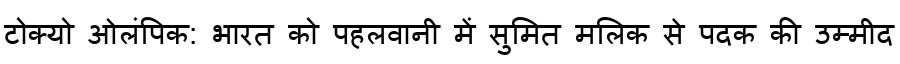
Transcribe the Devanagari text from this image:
टोक्यो ओलंपिक: भारत को पहलवानी में सुमित मलिक से पदक की उम्मीद